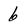
Character: 6